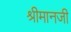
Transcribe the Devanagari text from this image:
श्रीमानजी